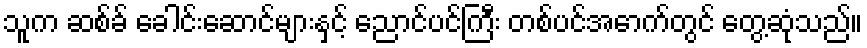
သူက ဆစ်ခ် ခေါင်းဆောင်များနှင့် ညောင်ပင်ကြီး တစ်ပင်အောက်တွင် တွေ့ဆုံသည်။